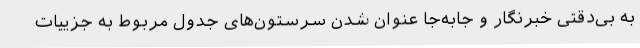
به بی‌دقتی خبرنگار و جابه‌جا عنوان شدن سرستون‌های جدول مربوط به جزییات